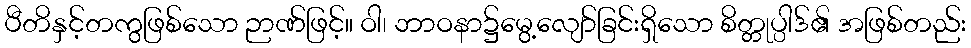
ပီတိနှင့်တကွဖြစ်သော ဉာဏ်ဖြင့်။ ဝါ၊ ဘာဝနာ၌မွေ့လျော်ခြင်းရှိသော စိတ္တုပ္ပါဒ်၏ အဖြစ်တည်း